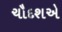
ચૌદશએ